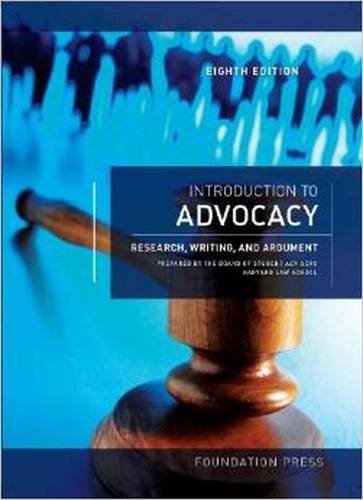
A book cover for Introduction to Advocacy: Research, Writing and Argument (University Casebook Series); The Board of Student Advisors  Harvard School; Law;